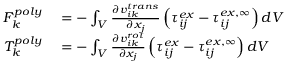
\begin{array} { r l } { F _ { k } ^ { p o l y } } & { { } = - \int _ { V } \frac { \partial v _ { i k } ^ { t r a n s } } { \partial x _ { j } } \left( \tau _ { i j } ^ { e x } - \tau _ { i j } ^ { e x , \infty } \right) d V } \\ { T _ { k } ^ { p o l y } } & { { } = - \int _ { V } \frac { \partial v _ { i k } ^ { r o t } } { \partial x _ { j } } \left( \tau _ { i j } ^ { e x } - \tau _ { i j } ^ { e x , \infty } \right) d V } \end{array}